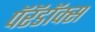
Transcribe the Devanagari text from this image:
पॅरॅडॉक्स